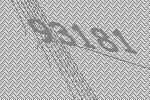
93181